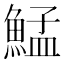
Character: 鯭